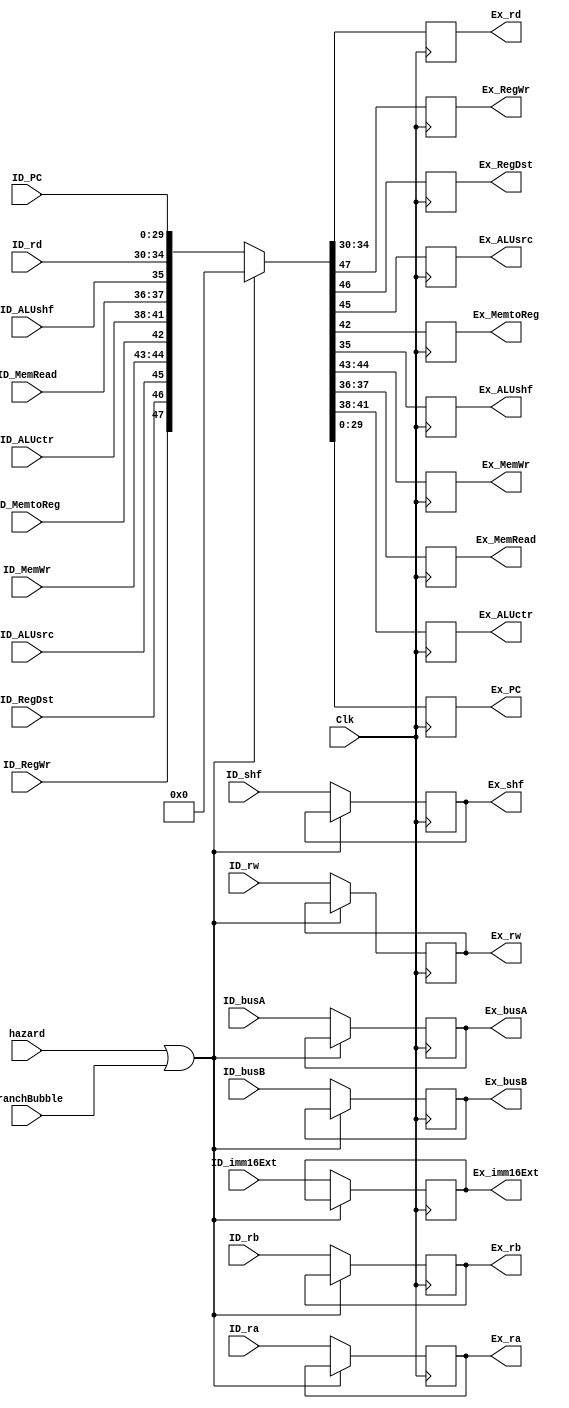
module ID_Ex(Clk, hazard, BranchBubble, ID_busA, ID_busB, ID_ra, ID_rb,
             ID_rw, ID_imm16Ext, ID_RegWr, ID_RegDst, ID_ALUsrc, ID_MemWr, ID_MemtoReg,
             ID_ALUctr, ID_MemRead, ID_shf, ID_ALUshf, Ex_busA, Ex_busB, Ex_ra,
             Ex_rb, Ex_rw, Ex_imm16Ext, Ex_RegWr, Ex_RegDst, Ex_ALUsrc, Ex_MemWr,
             Ex_MemtoReg, Ex_ALUctr, Ex_MemRead, Ex_shf, Ex_ALUshf,
             ID_rd, ID_PC,
             Ex_rd, Ex_PC
             );

        input Clk, hazard, BranchBubble;
        input ID_RegWr, ID_RegDst, ID_ALUsrc, ID_MemtoReg, ID_ALUshf;
        input[31:0] ID_busA, ID_busB, ID_imm16Ext;
        input[4:0] ID_ra, ID_rb, ID_rw, ID_shf, ID_rd;
        input[1:0] ID_MemWr, ID_MemRead; 
	    input[3:0] ID_ALUctr;
        input[31:2] ID_PC;

        output reg[4:0] Ex_ra, Ex_rb, Ex_rw, Ex_rd, Ex_shf;
        output reg[31:0] Ex_busA, Ex_busB, Ex_imm16Ext;
        output reg Ex_RegWr, Ex_RegDst, Ex_ALUsrc, Ex_MemtoReg, Ex_ALUshf;
        output reg[1:0] Ex_MemWr, Ex_MemRead;
	    output reg[3:0] Ex_ALUctr;
        output reg[31:2] Ex_PC;

	    initial 
	    begin
	   		{Ex_ra, Ex_rb, Ex_rw, Ex_rd, Ex_shf, Ex_busA, Ex_busB, 
            Ex_imm16Ext, Ex_RegWr, Ex_RegDst, Ex_ALUsrc, Ex_MemtoReg, Ex_ALUshf, Ex_MemWr,
            Ex_MemRead, Ex_ALUctr, Ex_PC}
            <=163'b0;
	    end
        always@(posedge Clk)
        begin
             if (hazard || BranchBubble) begin
                {Ex_RegWr, Ex_RegDst, Ex_ALUsrc, Ex_MemWr, Ex_MemtoReg, Ex_ALUctr, Ex_MemRead, Ex_ALUshf,
                 Ex_rd, Ex_PC}
                <= 48'd0;
             end else begin
                {Ex_ra, Ex_rb, Ex_rw, Ex_busA, Ex_busB, Ex_imm16Ext, Ex_shf,
                 Ex_RegWr, Ex_RegDst, Ex_ALUsrc, Ex_MemWr, Ex_MemtoReg, Ex_ALUctr, Ex_MemRead,
                 Ex_ALUshf, Ex_rd, Ex_PC}
                 <=
                {ID_ra, ID_rb, ID_rw, ID_busA, ID_busB, ID_imm16Ext, ID_shf,
                 ID_RegWr, ID_RegDst, ID_ALUsrc, ID_MemWr, ID_MemtoReg, ID_ALUctr, ID_MemRead,
                 ID_ALUshf, ID_rd, ID_PC};
             end 
        end
endmodule